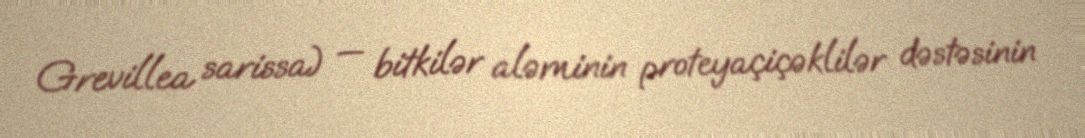
Grevillea sarissa) — bitkilər aləminin proteyaçiçəklilər dəstəsinin